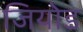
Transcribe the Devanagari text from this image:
जियोड